画像に写った文字を読んでください
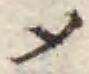
「メ」と書いてあります